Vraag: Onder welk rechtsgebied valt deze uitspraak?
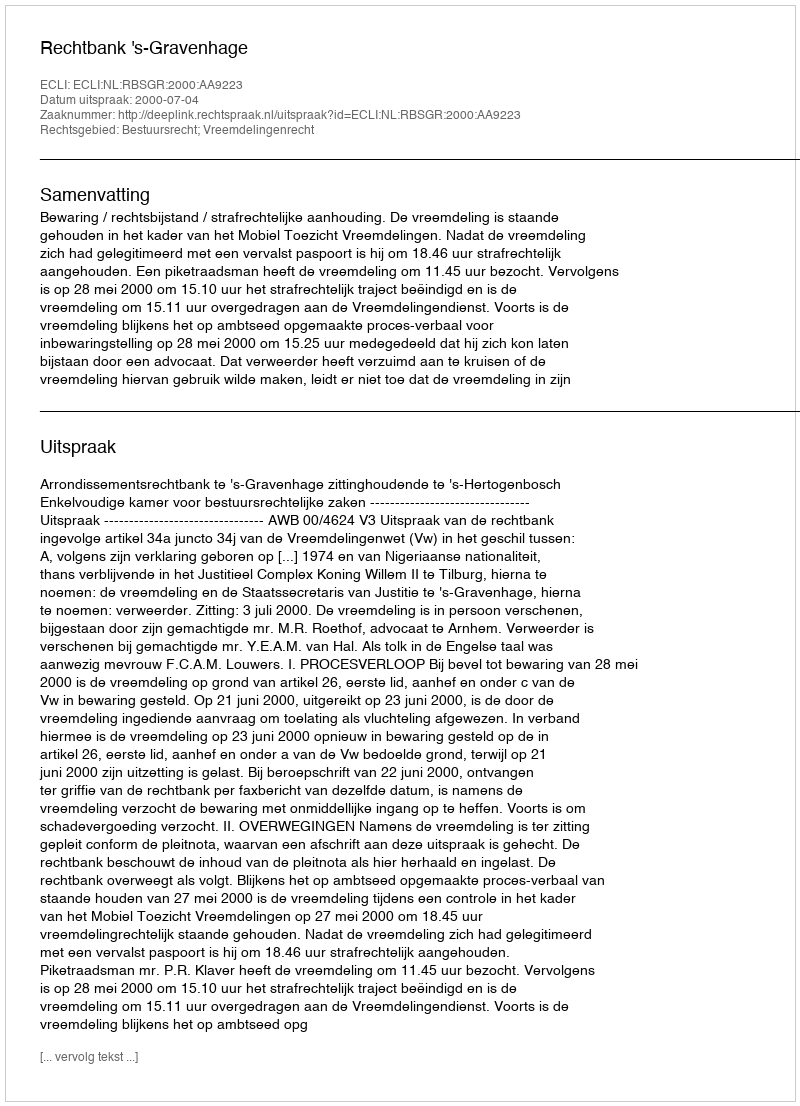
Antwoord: Bestuursrecht; Vreemdelingenrecht